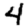
Digit: 4